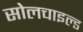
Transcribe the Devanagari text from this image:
सोलचाइल्ड